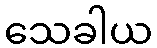
သေခါယ